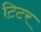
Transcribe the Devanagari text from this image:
टिटर